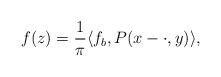
LaTeX: \begin{align*}f(z) = \frac{1}{\pi} \langle f_b, P(x- \cdot, y) \rangle,\end{align*}